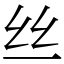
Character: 丝